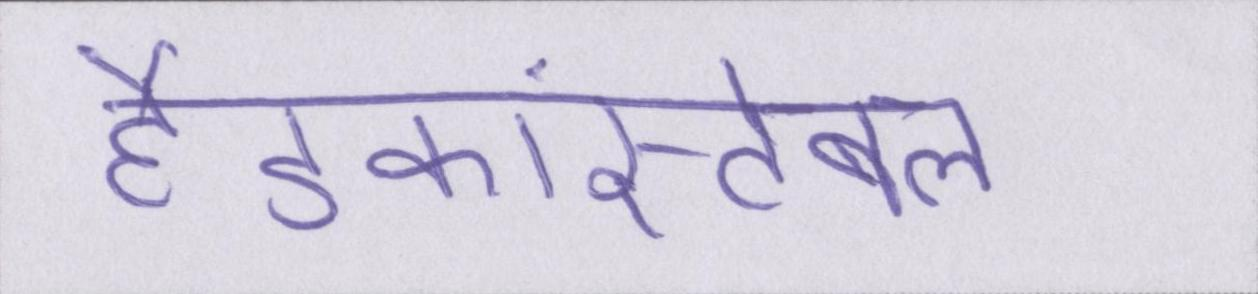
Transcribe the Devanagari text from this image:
हैडकांस्टेबल